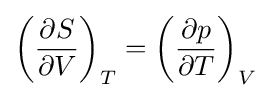
\left({\frac {\partial S}{\partial V}}\right)_{T}=\left({\frac {\partial p}{\partial T}}\right)_{V}\